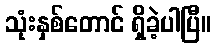
သုံးနှစ်တောင် ရှိခဲ့ပါပြီ။